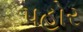
પહોર